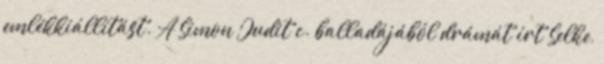
emlékkiállítást. A Simon Judit c. balladájából drámát írt Selke,